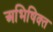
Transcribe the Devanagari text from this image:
अभिषिक्‍त